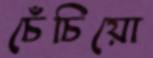
চেঁচিয়ো